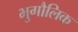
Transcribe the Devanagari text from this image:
भुगौलिक